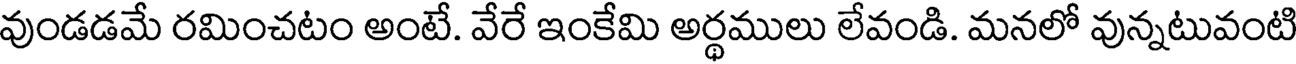
వుండడమే రమించటం అంటే. వేరే ఇంకేమి అర్థములు లేవండి. మనలో వున్నటువంటి